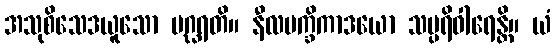
အသုစိသေဒယူသော ပဂ္ဃရတိ။ နီလမက္ခိကာဒယော သမ္ပရိဝါရေန္တိ။ ယံ